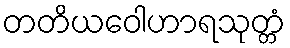
တတိယဝေါဟာရသုတ္တံ